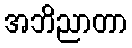
အဘိညာတာ